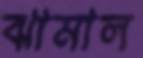
ঝামাল